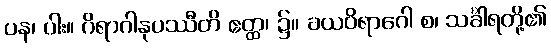
ပန၊ ပါး။ ဂိရာဂါနုပဿီတိ ဧတ္ထ၊ ၌။ ခယဝိရာဂေါ စ၊ သင်္ခါရတို့၏